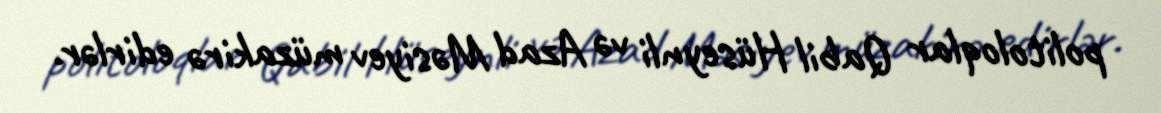
politoloqlar Qabil Hüseynli və Azad Məsiyev müzakirə edirlər.